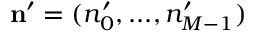
\mathbf { n } ^ { \prime } = ( n _ { 0 } ^ { \prime } , . . . , n _ { M - 1 } ^ { \prime } )